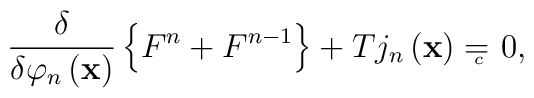
\frac \delta {\delta \varphi _n\left( \mathbf{x}\right) }\left\{F^n+F^{n-1}\right\} +Tj_n\left( \mathbf{x}\right)  ={}_{{}_{\!\!\!\!\!\!\!c}} \;\, 0,